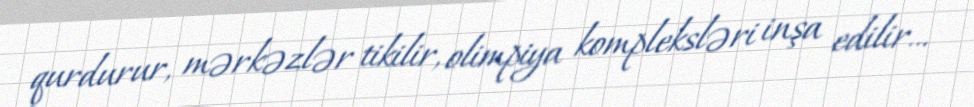
qurdurur, mərkəzlər tikilir, olimpiya kompleksləri inşa edilir...